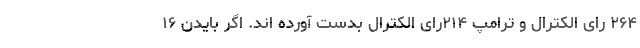
۲۶۴ رای الکترال و ترامپ ۲۱۴رای الکترال بدست آورده اند. اگر بایدن ۱۶